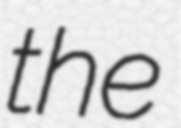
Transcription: the